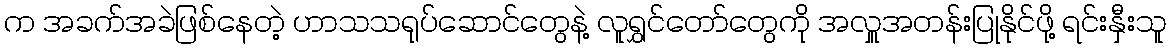
က အခက်အခဲဖြစ်နေတဲ့ ဟာသသရုပ်ဆောင်တွေနဲ့ လူရွှင်တော်တွေကို အလှူအတန်းပြုနိုင်ဖို့ ရင်းနှီးသူ